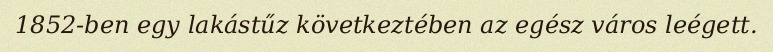
1852-ben egy lakástűz következtében az egész város leégett.